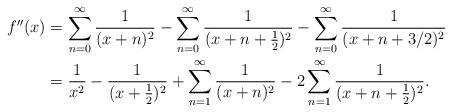
LaTeX: \begin{align*}f''(x) &= \sum_{n=0}^\infty \frac{1}{(x+n)^2} - \sum_{n=0}^\infty\frac{1}{(x+n+\frac12)^2} - \sum_{n=0}^\infty\frac{1}{(x+n+3/2)^2} \\&= \frac{1}{x^2} - \frac{1}{(x+\frac12)^2} + \sum_{n=1}^\infty \frac{1}{(x+n)^2} - 2\sum_{n=1}^\infty \frac{1}{(x+n+\frac12)^2}.\end{align*}